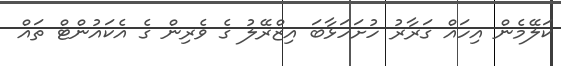
ކަލޭމެން އިހައް ގަރާރު ހުށަހަޅާބަ އިޒްރޭލު ގެ ވެރިން ގެ އެކައުންޓް ތައް